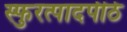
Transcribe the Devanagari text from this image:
स्फुरत्पादपीठे